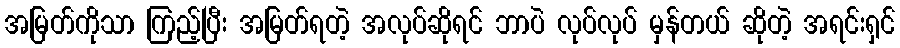
အမြတ်ကိုသာ ကြည့်ပြီး အမြတ်ရတဲ့ အလုပ်ဆိုရင် ဘာပဲ လုပ်လုပ် မှန်တယ် ဆိုတဲ့ အရင်းရှင်